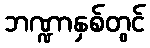
ဘဏ္ဍာနှစ်တွင်